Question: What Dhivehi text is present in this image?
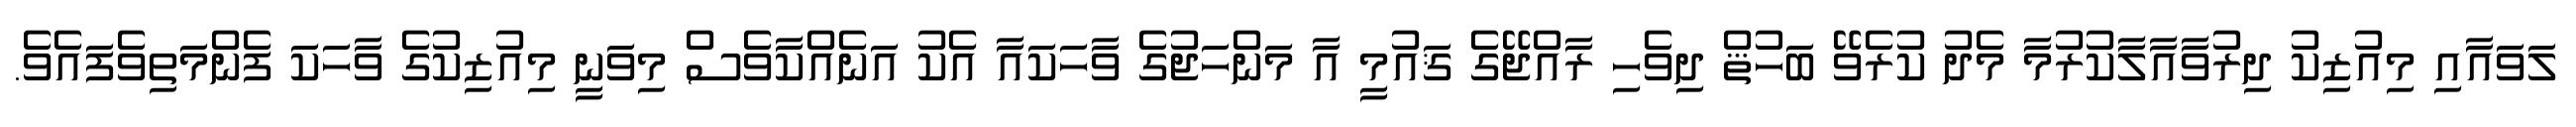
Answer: ލަވައާއި މިއުޒިކު ދިރުވާއާލާކުރުމާ މެދު ކުރެވޭ ބަހުޘް ދިވެހި ރާއްޖޭގެ ޤައުމީ އާ މަންހަޖުގެ ވާހަކައާ އެކު އަނެއްކާވެސް މިވަނީ މިއުޒިކުގެ ވާހަކަ ފެންމަތިވެފައެވެ.